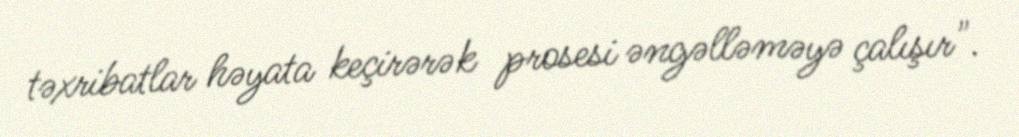
təxribatlar həyata keçirərək prosesi əngəlləməyə çalışır".